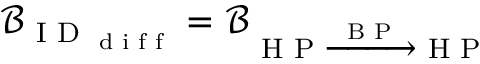
\mathcal { B } _ { \textrm { I D } _ { \textrm { d i f f } } } = \mathcal { B } _ { \textrm { H P } \xrightarrow { \textrm { B P } } \textrm { H P } }